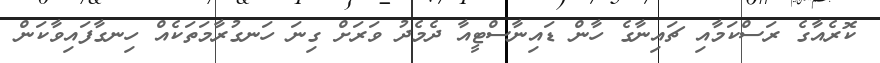
ކޮރެއާގެ ރަސްކަމާއި ޗައިނާގެ ހާން ޑައިނާސްޓީއާ ދެމެދު ވަރަށް ގިނަ ހަނގުރާމަތަކެއް ހިނގާފައިވާކަން